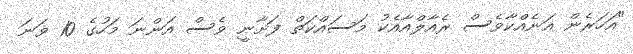
"އަހަރެން އަނެއްކާވެސް ރެއާލްއާއެކު މަސައްކަތް ފަށާނީ ވެސް އަންނަ މަހުގެ 10 ވަނަ